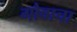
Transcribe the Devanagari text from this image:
गोवाचा